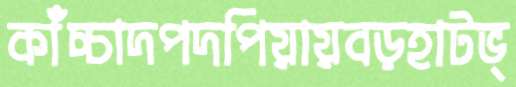
কাঁচ্চাদপদপিয়ায়বড়হাটভ্